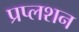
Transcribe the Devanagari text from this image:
प्रप्लशन